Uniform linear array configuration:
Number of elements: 4
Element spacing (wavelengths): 0.5
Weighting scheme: hann
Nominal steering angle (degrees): -60
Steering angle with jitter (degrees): -58.845
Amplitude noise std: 0.05
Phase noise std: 0.05

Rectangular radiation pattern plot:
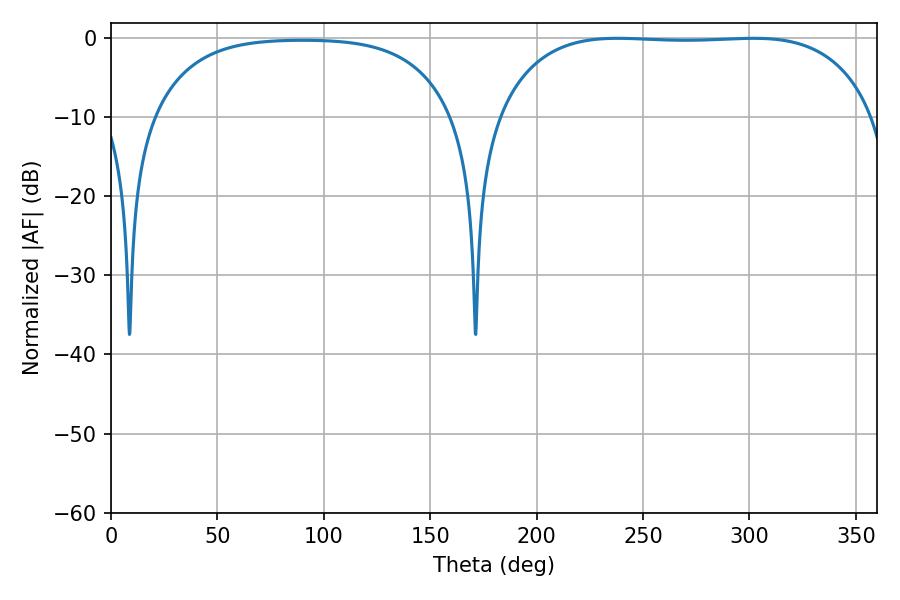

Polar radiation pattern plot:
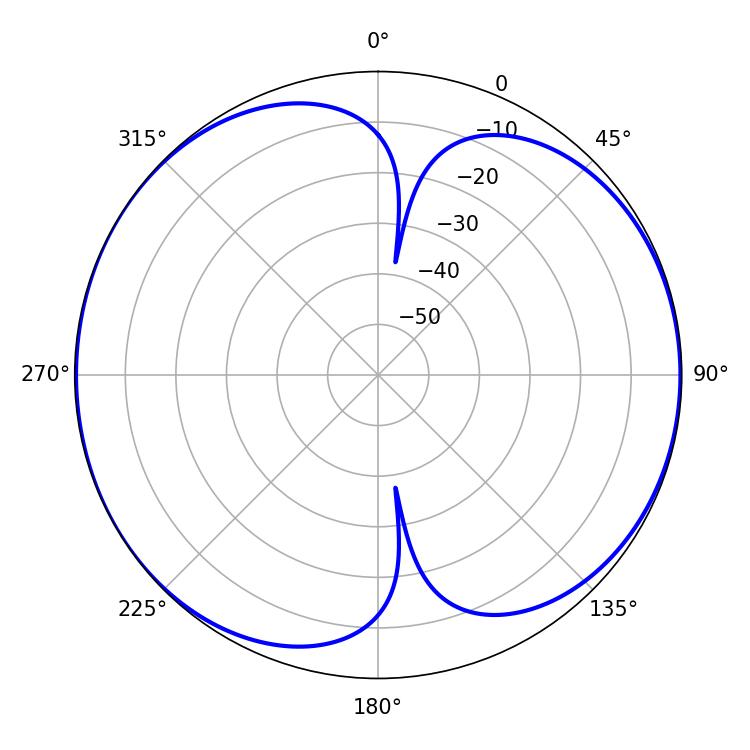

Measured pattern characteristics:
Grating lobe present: FALSE
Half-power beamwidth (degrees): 138.96
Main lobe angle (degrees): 238.14